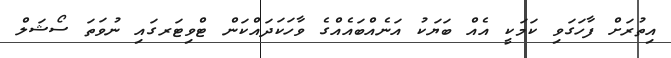
އިތުރަށް ފާހަގަވި ކަމަކީ އެއް ބަޔަކު އަނެއްބައެއްގެ ވާހަކަދައްކަން ޓްވިޓަރގައި ނުވަތަ ސޯޝަލް